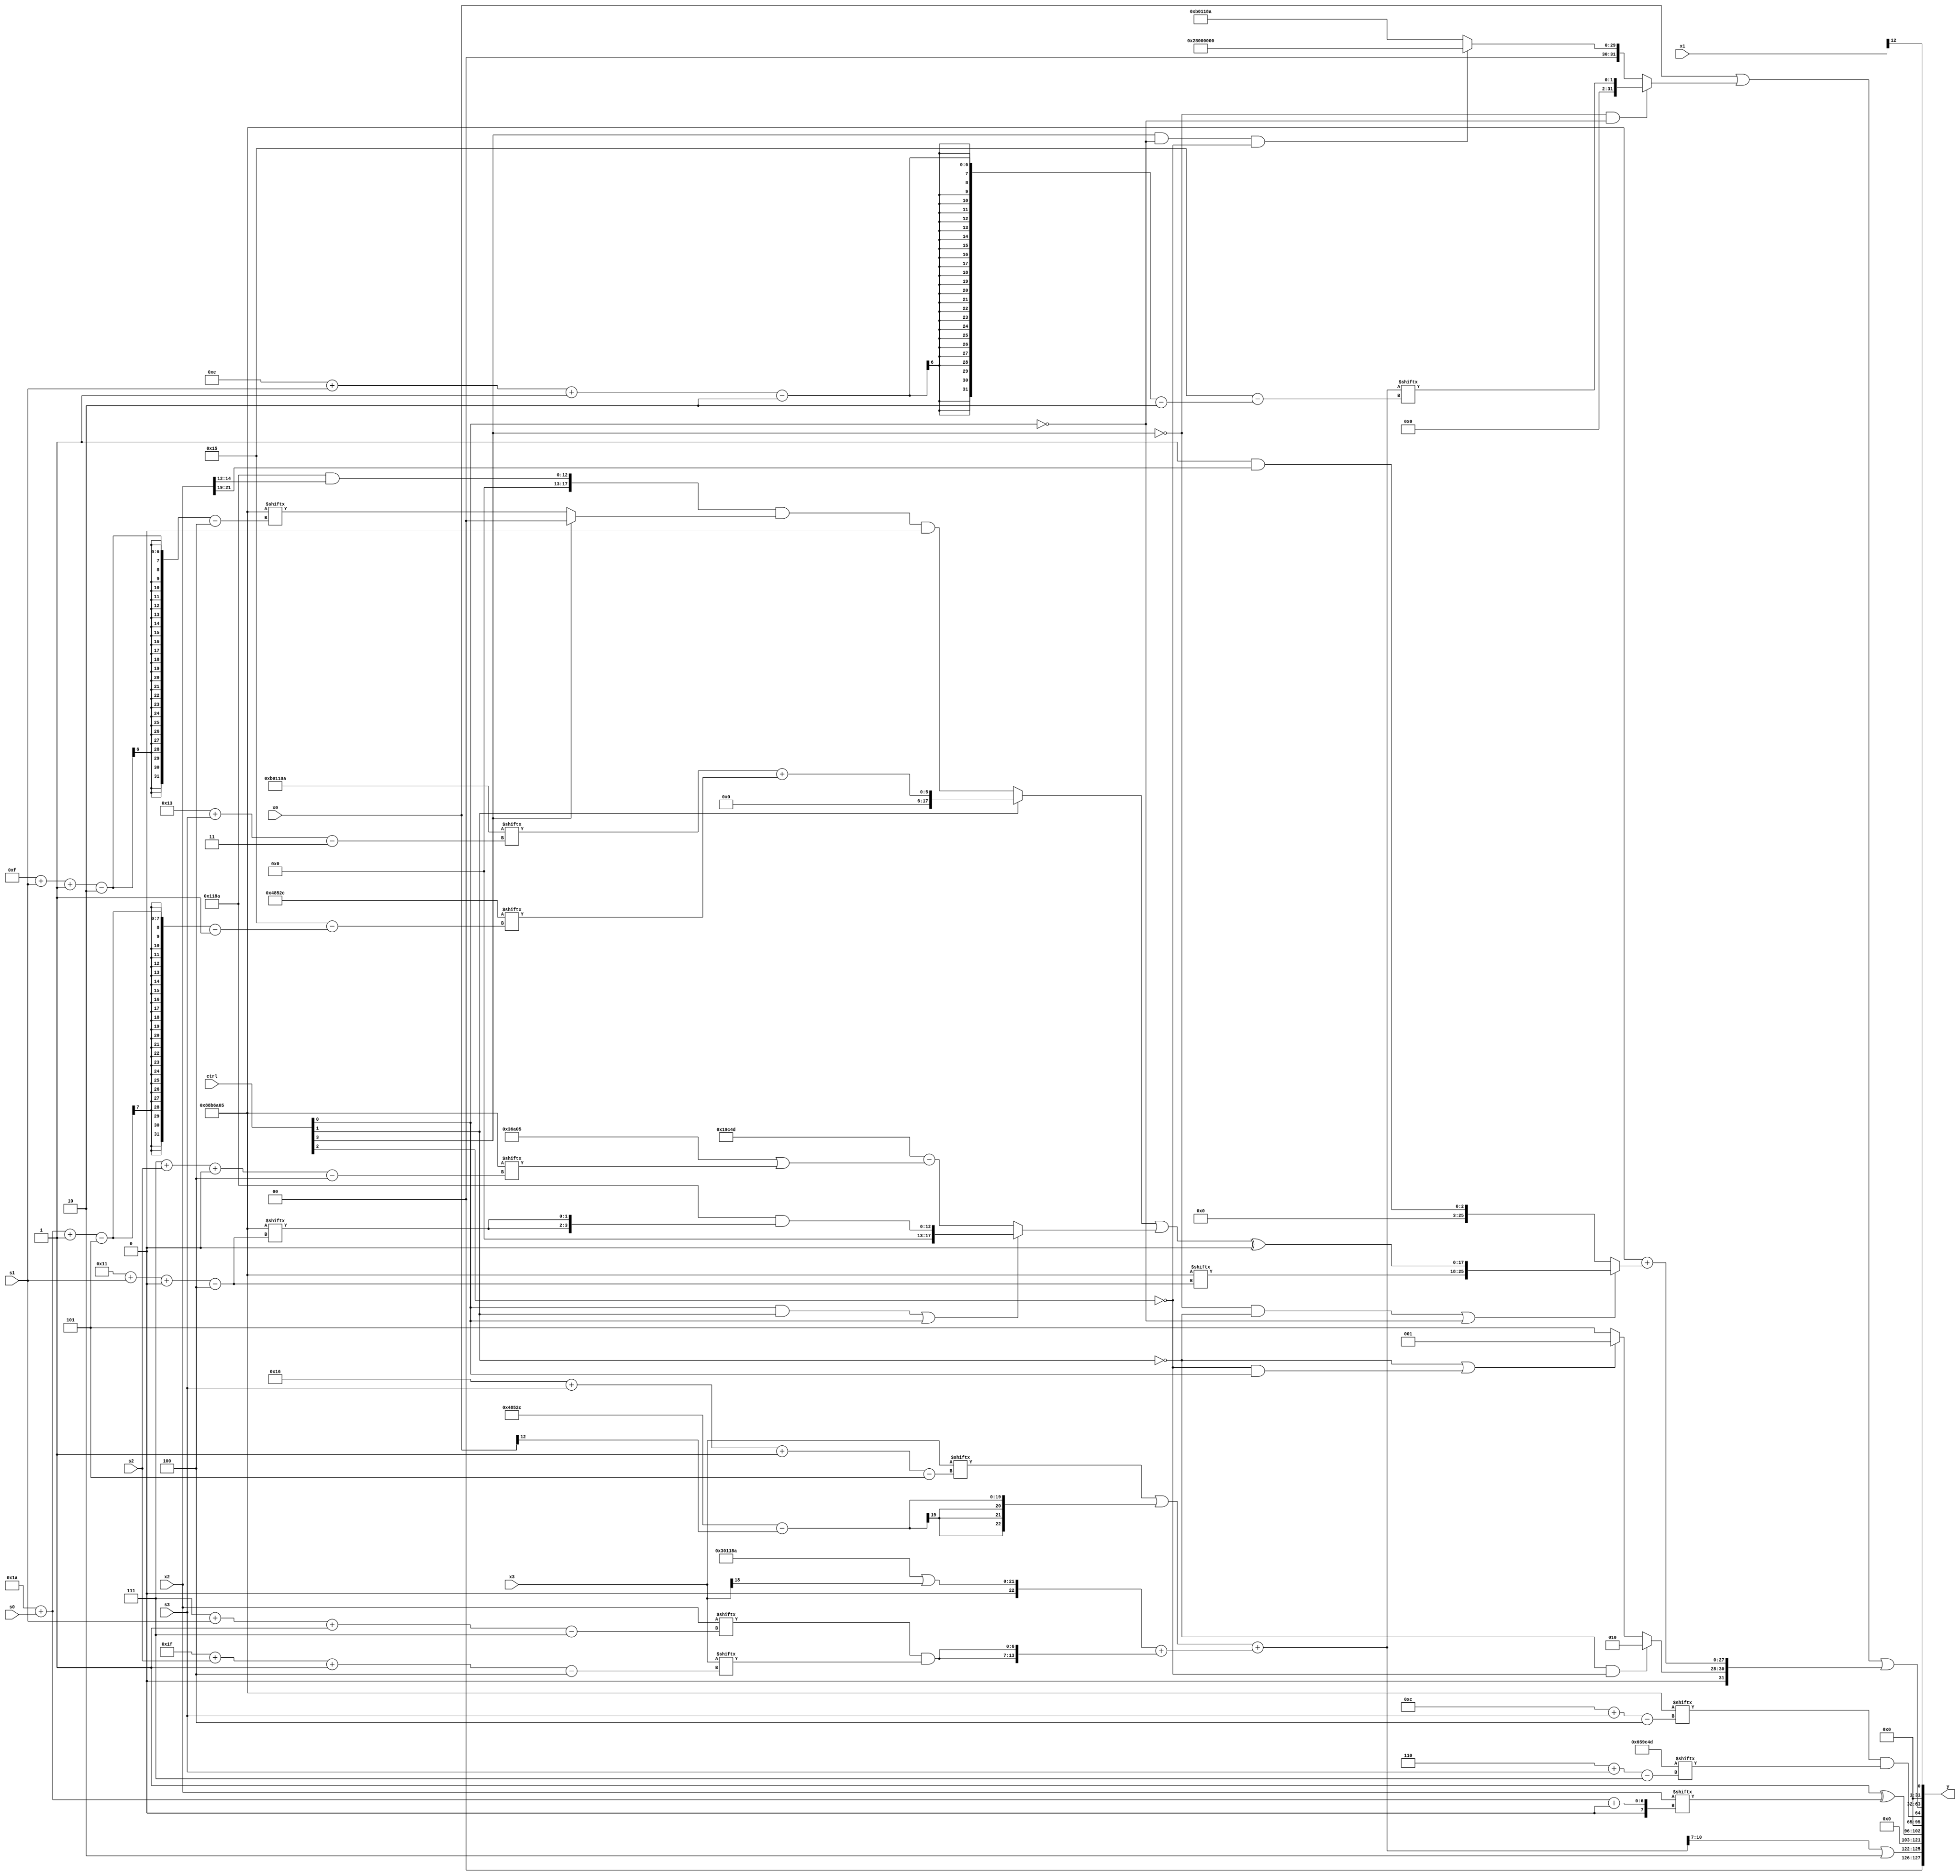
module partsel_00116(ctrl, s0, s1, s2, s3, x0, x1, x2, x3, y);
  input [3:0] ctrl;
  input [2:0] s0;
  input [2:0] s1;
  input [2:0] s2;
  input [2:0] s3;
  input signed [31:0] x0;
  input [31:0] x1;
  input [31:0] x2;
  input signed [31:0] x3;
  wire signed [3:31] x4;
  wire [2:24] x5;
  wire signed [2:25] x6;
  wire signed [26:1] x7;
  wire [26:1] x8;
  wire [5:25] x9;
  wire [6:31] x10;
  wire signed [4:30] x11;
  wire signed [7:24] x12;
  wire signed [26:7] x13;
  wire [5:30] x14;
  wire [7:28] x15;
  output [127:0] y;
  wire [31:0] y0;
  wire [31:0] y1;
  wire [31:0] y2;
  wire [31:0] y3;
  assign y = {y0,y1,y2,y3};
  localparam signed [31:4] p0 = 411789829;
  localparam signed [30:7] p1 = 677747789;
  localparam [1:26] p2 = 470058284;
  localparam signed [26:3] p3 = 330305930;
  assign x4 = (p2[12] | x3[18]);
  assign x5 = {2{((x3[22 + s3 -: 5] | (p2 - x0[12 -: 1])) + (({p2[5 + s3 +: 7], p3} | x3[18]) + {2{(x2[7 + s1 -: 7] & x3[31 + s2 -: 4])}}))}};
  assign x6 = (ctrl[0] || !ctrl[0] && ctrl[2] ? x1[9 +: 2] : {(!ctrl[0] || ctrl[2] && !ctrl[3] ? (ctrl[0] && !ctrl[1] && !ctrl[1] ? (p3[11 + s2 +: 3] - p0) : ((p0 + x4[13 +: 2]) - p2[6 + s2 +: 4])) : p3), {2{p1}}});
  assign x7 = {(p0 & x2[10]), p3[17 -: 3]};
  assign x8 = p1[6 + s3];
  assign x9 = p3[14 -: 2];
  assign x10 = p0[8 +: 4];
  assign x11 = (x1[31 + s1 +: 1] - ((((p1[19 +: 1] + x6[18 -: 3]) ^ (p0[4 + s3] ^ (p1 | (p2[15 +: 1] + (p3 + x7[20]))))) ^ (p1 + (!ctrl[1] || !ctrl[0] || ctrl[2] ? p2[17 +: 3] : x2))) ^ (x5[11 +: 3] - {(x0[11 + s3 -: 6] + p0[19]), (ctrl[3] || ctrl[3] || !ctrl[0] ? p1[11 + s2 -: 3] : ((x1[9 + s2 -: 1] - p3[6 + s2]) | p3[18]))})));
  assign x12 = ((!ctrl[1] || ctrl[1] && !ctrl[1] ? ((((p3 | p3[9 +: 2]) & x2[14 -: 3]) & (!ctrl[3] && !ctrl[3] && !ctrl[3] ? p0[15 + s1 -: 2] : (p3[15 + s2] & p1[15 +: 2]))) & {2{x9}}) : ({{2{x10[11 +: 1]}}, p3[19 + s3]} + p2[26 + s0 -: 5])) | (ctrl[0] && ctrl[1] || ctrl[0] ? ({2{p3}} & {2{p0[17 + s1 +: 2]}}) : (((x9 - p3[16 +: 1]) ^ {p2[25 + s0 +: 4], p1}) - (p0 | p0[7 + s2 +: 8]))));
  assign x13 = (({2{{p2[21 + s0 -: 3], x11[11 +: 1]}}} + x10[13 +: 1]) - p2[6 + s0]);
  assign x14 = (p1[13 +: 1] ^ x2[26 + s0 +: 7]);
  assign x15 = x8;
  assign y0 = {(x5[17 -: 4] | p1[17 -: 2]), x14};
  assign y1 = (p0[12 + s3] & x8);
  assign y2 = (({(!ctrl[3] && !ctrl[2] || ctrl[2] ? {p0[8 +: 3], p2[11 + s1 +: 6]} : p3[31 + s3 -: 4]), x0} | (!ctrl[3] && !ctrl[3] && !ctrl[0] ? x5[14 + s1 -: 2] : (ctrl[3] && !ctrl[0] && !ctrl[2] ? {p3, x10} : (p3 + x14[23 -: 1])))) | {{((p1 ^ x2[12]) & x10[22 -: 4]), (!ctrl[1] && !ctrl[1] && !ctrl[2] ? {2{p0[16 -: 3]}} : (!ctrl[1] || !ctrl[2] && ctrl[0] ? p0[17] : p2[18 -: 3]))}, (p0 + (!ctrl[3] && !ctrl[1] || !ctrl[0] ? {p0[17 + s1 +: 8], (x12 ^ p2[15])} : (p0[20 -: 1] & x2[19 +: 3])))});
  assign y3 = x1[12];
endmodule